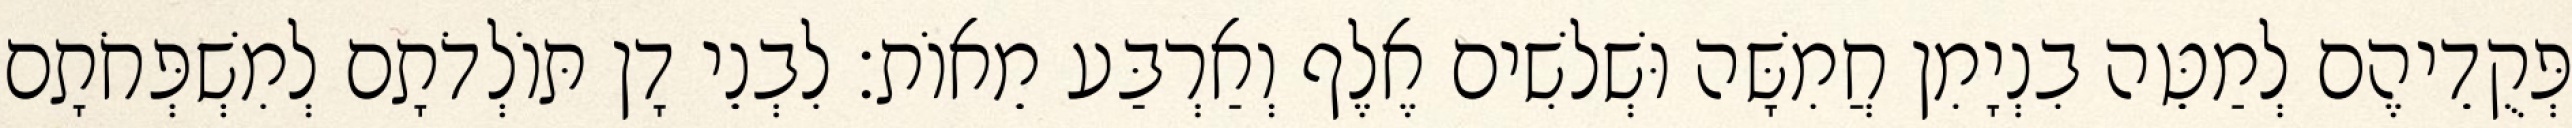
פְּקֻדֵיהֶם לְמַטֵּה בִנְיָמִן חֲמִשָּׁה וּשְׁלשִׁים אֶלֶף וְאַרְבַּע מֵאוֹת׃ לִבְנֵי דָן תּוֹלְדֹתָם לְמִשְׁפְּחֹתָם